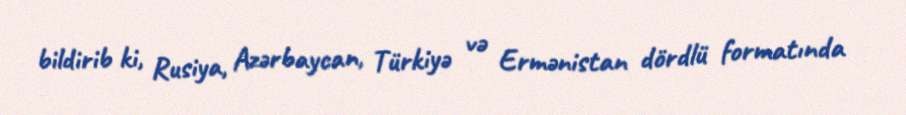
bildirib ki, Rusiya, Azərbaycan, Türkiyə və Ermənistan dördlü formatında